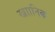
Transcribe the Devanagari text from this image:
ख्राानिक